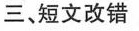
三、短文改错